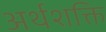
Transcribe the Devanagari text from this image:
अर्थशक्ति